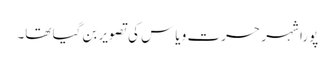
پورا شہر حسرت و یاس کی تصویر بن گیا تھا۔